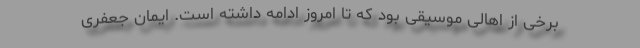
برخی از اهالی موسیقی بود که تا امروز ادامه داشته است. ایمان جعفری